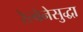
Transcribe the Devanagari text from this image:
रेल्वेनेसुद्धा